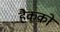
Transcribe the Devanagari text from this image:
हैकको